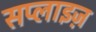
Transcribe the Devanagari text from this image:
सप्लाइज़